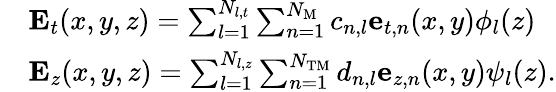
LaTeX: \begin{array}{rl}&{{\mathbf{E}}_{t}(x,y,z)=\sum_{l=1}^{N_{l,t}}\sum_{n=1}^{N_{\mathrm{M}}}c_{n,l}{\mathbf{e}}_{t,n}(x,y)\phi_{l}(z)}\\ &{{\mathbf{E}}_{z}(x,y,z)=\sum_{l=1}^{N_{l,z}}\sum_{n=1}^{N_{\mathrm{TM}}}d_{n,l}{\mathbf{e}}_{z,n}(x,y)\psi_{l}(z).}\end{array}